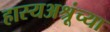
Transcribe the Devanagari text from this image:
हास्यअश्रूंच्या